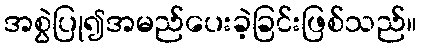
အစွဲပြု၍အမည်ပေးခဲ့ခြင်းဖြစ်သည်။